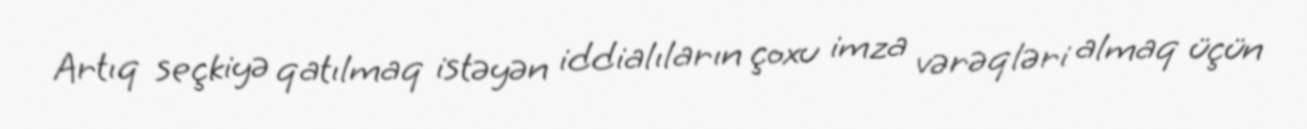
Artıq seçkiyə qatılmaq istəyən iddialıların çoxu imza vərəqləri almaq üçün